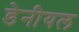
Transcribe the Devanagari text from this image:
डेनीयल